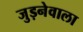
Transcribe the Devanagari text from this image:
जुड़नेवाला